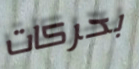
بحركات